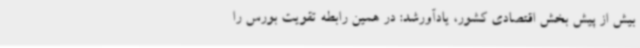
بیش از پیش بخش اقتصادی کشور، یادآورشد: در همین رابطه تقویت بورس را